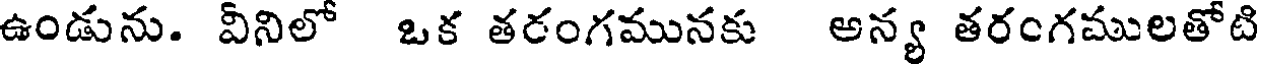
ఉండును. వీనిలో ఒక తరంగమునకు అన్య తరంగములతోటి